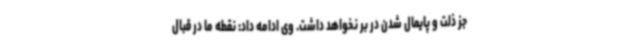
جز ذلت و پایمال شدن در بر نخواهد داشت. وی ادامه داد: نقطه ما در قبال